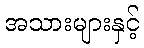
အသားများနှင့်